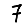
Digit: 7